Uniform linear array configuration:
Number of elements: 24
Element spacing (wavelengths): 0.25
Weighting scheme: uniform
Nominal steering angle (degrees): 60
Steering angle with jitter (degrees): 59.457
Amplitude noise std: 0.05
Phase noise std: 0.05

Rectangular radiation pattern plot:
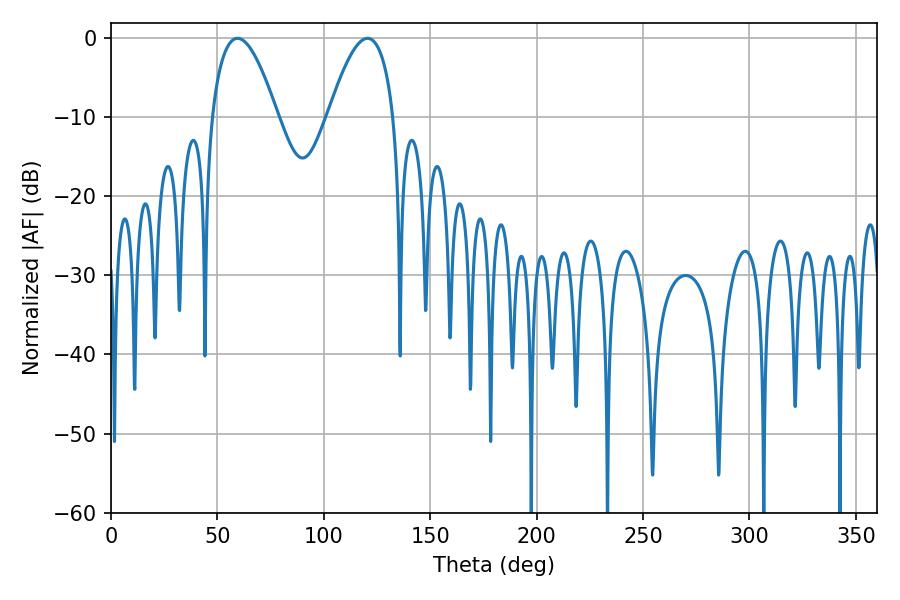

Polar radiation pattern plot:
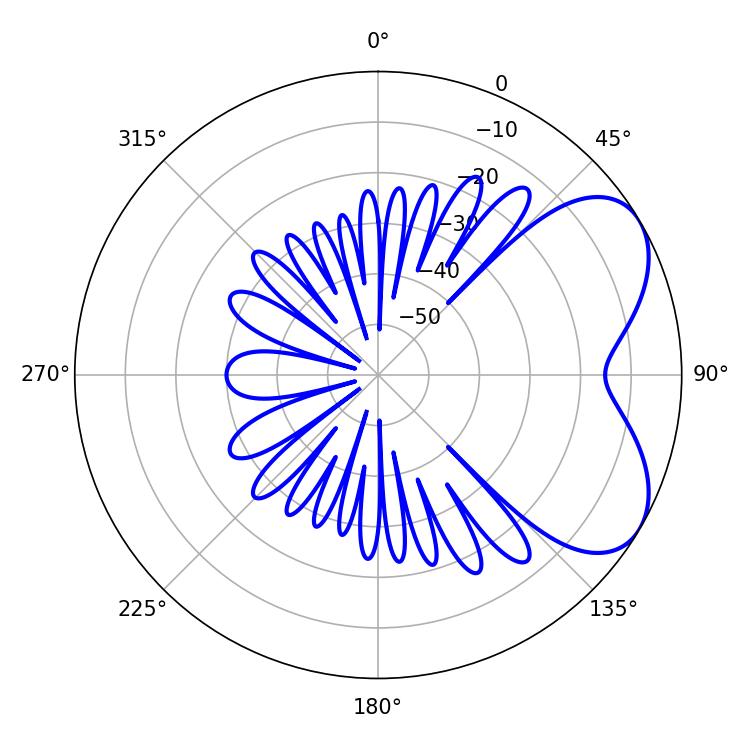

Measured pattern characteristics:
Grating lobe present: FALSE
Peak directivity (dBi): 5.465
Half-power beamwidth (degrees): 16.92
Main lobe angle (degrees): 59.4